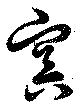
？